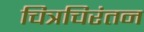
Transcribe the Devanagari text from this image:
चित्रचिरंतन